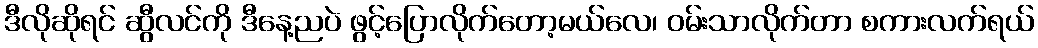
ဒီလိုဆိုရင် ဆွီလင်ကို ဒီနေ့ညပဲ ဖွင့်ပြောလိုက်တော့မယ်လေ၊ ဝမ်းသာလိုက်တာ စကားလက်ရယ်